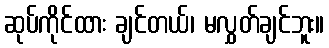
ဆုပ်ကိုင်ထား ချင်တယ်၊ မလွှတ်ချင်ဘူး။